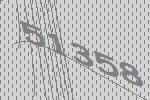
51358